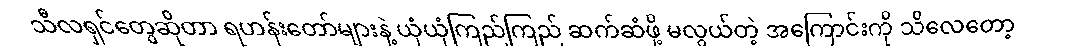
သီလရှင်တွေဆိုတာ ရဟန်းတော်များနဲ့ ယုံယုံကြည်ကြည် ဆက်ဆံဖို့ မလွယ်တဲ့ အကြောင်းကို သိလေတော့